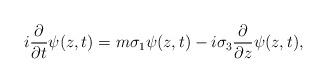
\begin{align*}i \frac {\partial}{\partial t} \psi (z, t) = m \sigma_1 \psi (z, t)-i \sigma_3 \frac {\partial}{\partial z} \psi (z, t),\end{align*}